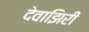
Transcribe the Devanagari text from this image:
देवाझिरी